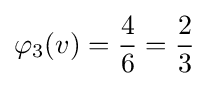
\varphi _{3}(v)={\frac {4}{6}}={\frac {2}{3}}